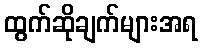
ထွက်ဆိုချက်များအရ